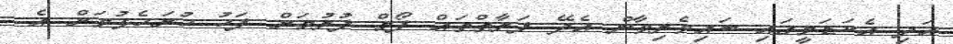
އަދި އެކަޑަމީގައި ބައިވެރިވާން އެދޭ ފަރާތްތައް ފޯމް ފުރުމަށް ފަހު ހުށަހެޅުމަށް އެ